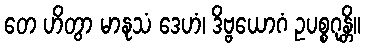
တေ ဟိတွာ မာနုသံ ဒေဟံ၊ ဒိဗ္ဗယောဂံ ဥပစ္စဂုန္တိ။